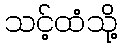
သင့်ထံသို့